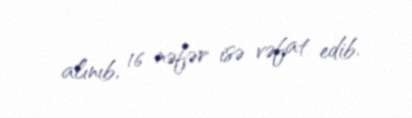
alınıb, 16 nəfər isə vəfat edib.